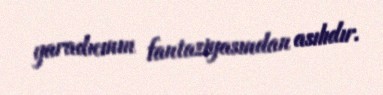
yaradıcının fantaziyasından asılıdır.